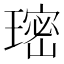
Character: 𮴰